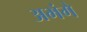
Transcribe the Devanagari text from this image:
अभंगे